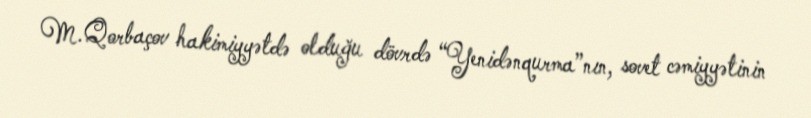
M.Qorbaçov hakimiyyətdə olduğu dövrdə “Yenidənqurma”nın, sovet cəmiyyətinin